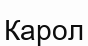
Карол